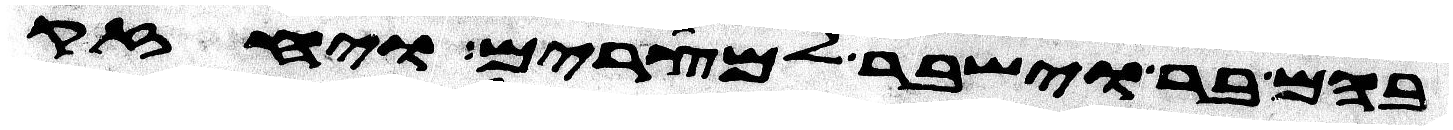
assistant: בהם בר וישבר למצרים ויחזק